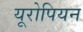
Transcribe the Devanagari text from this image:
यूरोपियन